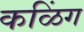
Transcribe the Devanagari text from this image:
कळिंग